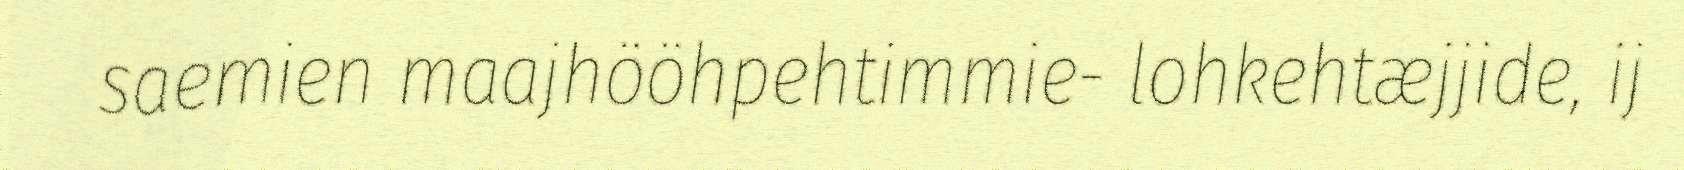
saemien maajhööhpehtimmie- lohkehtæjjide, ij